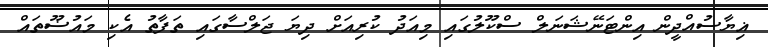
ޣިޔާސުއްދީން އިންޓަނޭޝަނަލް ސްކޫލުގައި މިއަދު ކުރިއަށް ދިޔަ ޖަލްސާގައި ތަފާތު އެކި މައުޟޫތައް